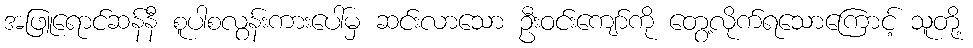
အဖြူရောင်ဆန်နီ စူပါစလွန်းကားပေါ်မှ ဆင်းလာသော ဦးဝင်းကျော်ကို တွေ့လိုက်ရသောကြောင့် သူတို့